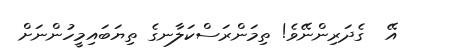
އޭ  ގެދަރިންނޭވެ! ތިމަންރަސްކަލާނގެ ތިޔަބައިމީހުންނަށް